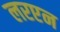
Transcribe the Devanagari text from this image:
लरएन